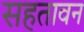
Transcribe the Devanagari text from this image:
सहतावन